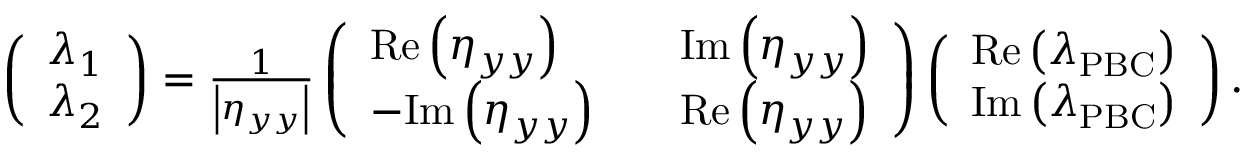
\begin{array} { r } { \left( \begin{array} { l } { \lambda _ { 1 } } \\ { \lambda _ { 2 } } \end{array} \right) = \frac { 1 } { \left| \eta _ { y y } \right| } \left( \begin{array} { l l l } { \mathrm { R e } \left( \eta _ { y y } \right) } & & { \mathrm { I m } \left( \eta _ { y y } \right) } \\ { - \mathrm { I m } \left( \eta _ { y y } \right) } & & { \mathrm { R e } \left( \eta _ { y y } \right) } \end{array} \right) \left( \begin{array} { l } { \mathrm { R e } \left( \lambda _ { \mathrm { P B C } } \right) } \\ { \mathrm { I m } \left( \lambda _ { \mathrm { P B C } } \right) } \end{array} \right) . } \end{array}